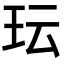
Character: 𬍒